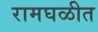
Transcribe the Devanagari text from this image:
रामघळीत